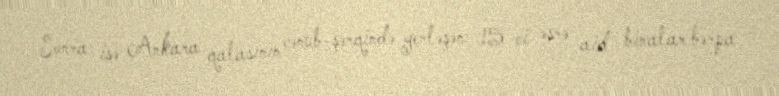
Sonra isə Ankara qalasının cənub-şərqində yerləşən 15-ci əsrə aid binalar bərpa